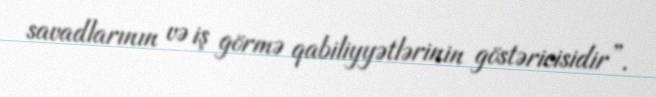
savadlarının və iş görmə qabiliyyətlərinin göstəricisidir”.